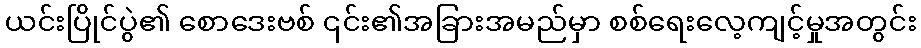
ယင်းပြိုင်ပွဲ၏ စောဒေးဗစ် ၎င်း၏အခြားအမည်မှာ စစ်ရေးလေ့ကျင့်မှုအတွင်း